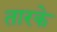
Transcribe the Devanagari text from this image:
तारके